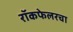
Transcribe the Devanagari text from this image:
रॉकफेलरचा